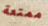
ممتعة